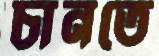
চানতে